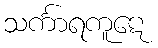
သင်္ကာရကူဋေ